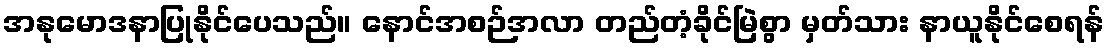
အနုမောဒနာပြုနိုင်ပေသည်။ နောင်အစဉ်အလာ တည်တံ့ခိုင်မြဲစွာ မှတ်သား နာယူနိုင်စေရန်